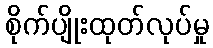
စိုက်ပျိုးထုတ်လုပ်မှု